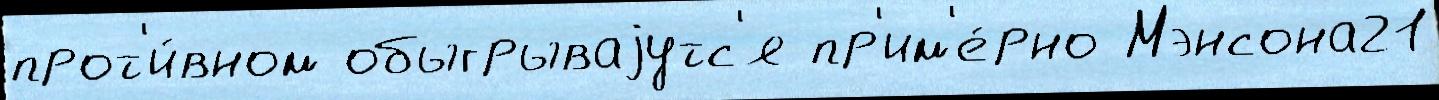
прот'и́вном обыгрываjутс'я пр'им'е́рно Мэнсона21